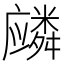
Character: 𱝏